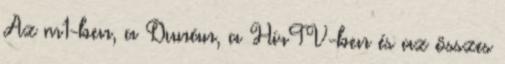
Az m1-ben, a Dunán, a HírTV-ben és az összes